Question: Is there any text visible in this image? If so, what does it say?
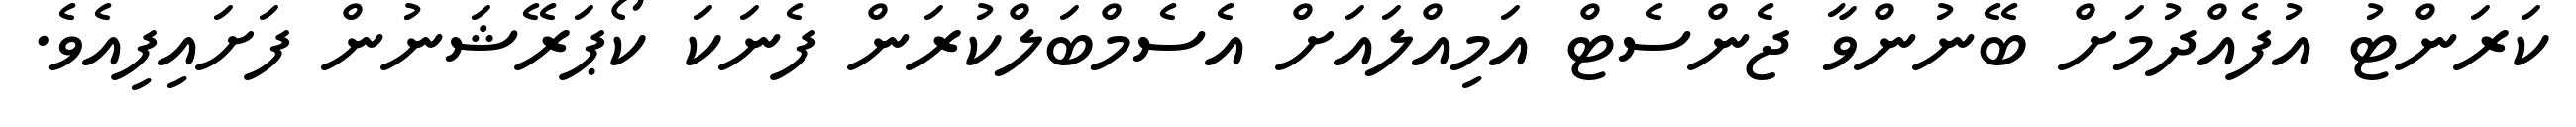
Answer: ކަރަންޓު އުފެއްދުމަށް ބޭނުންވާ ޖެންސެޓް އަމިއްލައަށް އެސެމްބަލްކުރަން ފެނަކަ ކޯޕަރޭޝަނުން ފަށައިފިއެވެ.